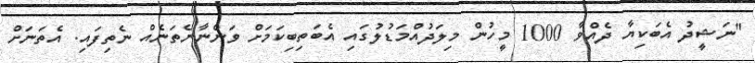
"ނަޝީދު އެބަކިޔާ ދެއްވާ 1000 މީހުން މިލަދުއްމަޑުލުގައި އެބަތިބިކަމަށް ވަންނާނެތަނެއް ނެތިފައި. އެތަނަށް